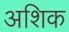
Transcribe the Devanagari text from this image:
अशिक